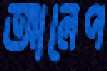
আলেপ